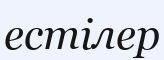
естілер